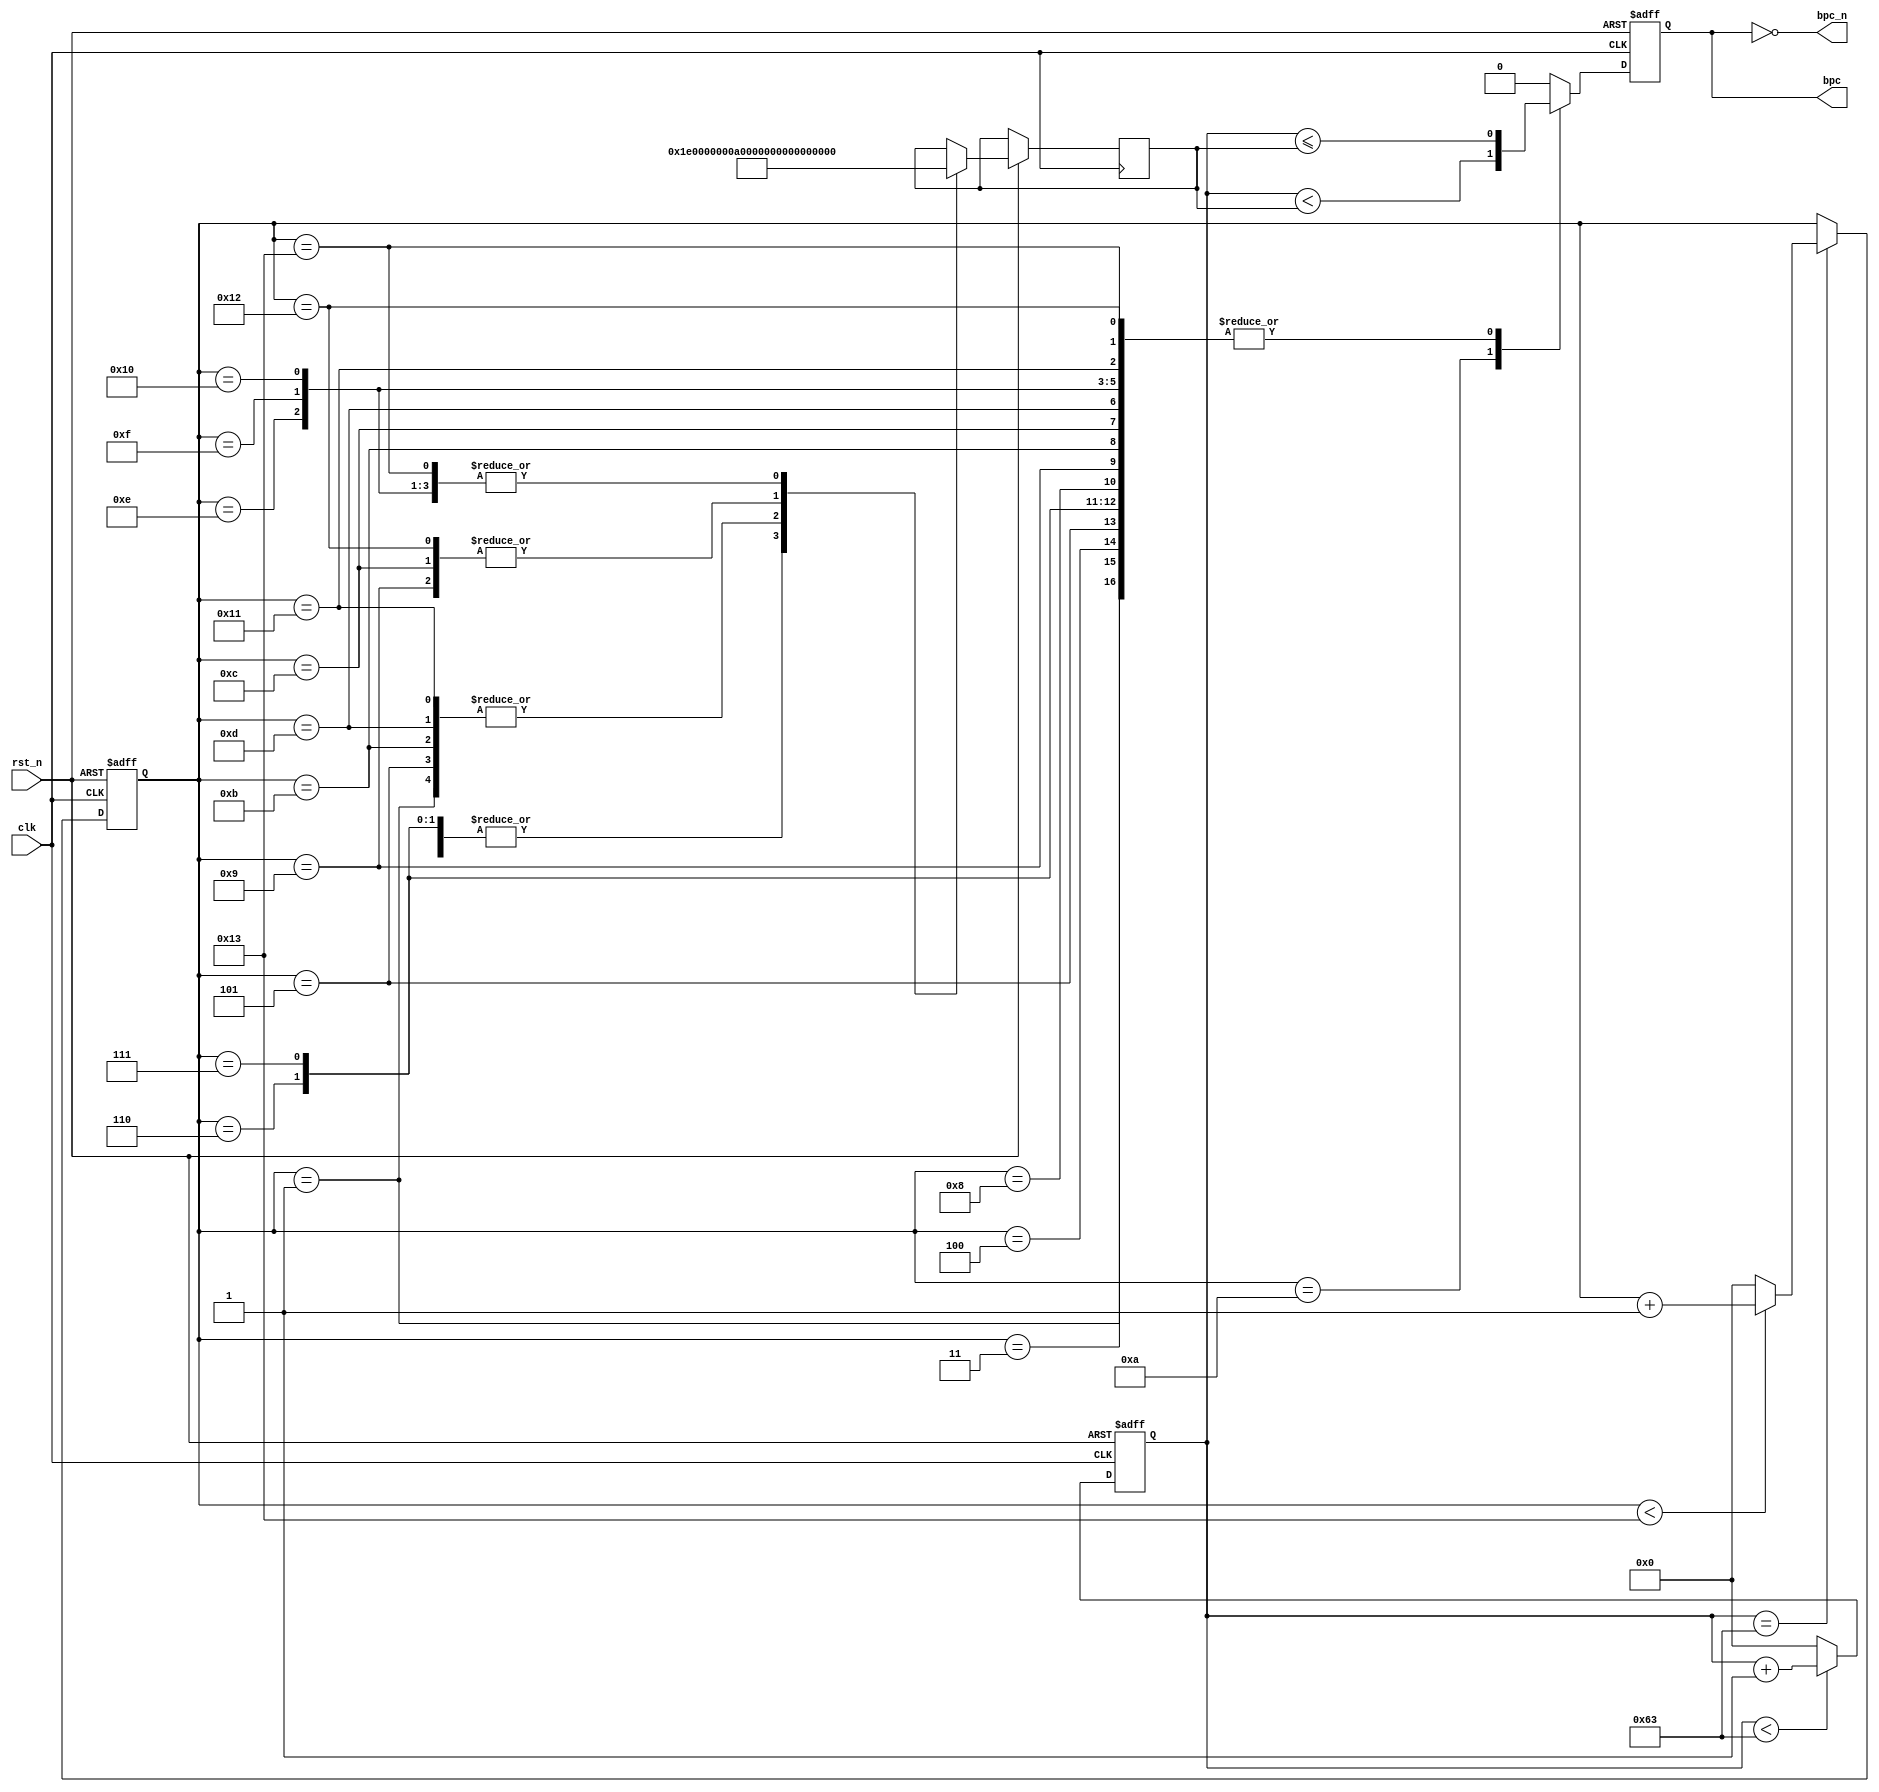

module bpc_gen(
	input clk, rst_n,
	output bpc, bpc_n

);

localparam T_CNT_1S  = 32'd100; // 10ms -> 1s 

reg [31:0] cnt_20s;
reg [31:0] cnt_1s;
reg [31:0] cnt_20;
initial begin
	cnt_20s = 'b0;
	cnt_1s  = 'b0;
	cnt_20  = 'b0;
end

always@(posedge clk or negedge rst_n) begin
	if(!rst_n)begin
		//cnt_20s <= 'b0;
		cnt_1s  <= 'b0;
	end else begin
		if(cnt_1s < (T_CNT_1S - 1)) begin
			cnt_1s <= cnt_1s + 1;
		end else begin
			cnt_1s <= 'b0;
		end
	end
end
wire en_1s = (cnt_1s == (T_CNT_1S - 1));

always@(posedge clk or negedge rst_n) begin
	if(!rst_n)begin
		cnt_20 <= 'b0;
	end else if(en_1s)begin
		if(cnt_20 < 19)begin
			cnt_20 <= cnt_20 + 1;
		end else begin
			cnt_20 <= 'b0;
		end
	end
end

/*******  time ********/
reg [7:0] hr, min, sec, wk;
reg flg_noon ;  // 0: forenoon 1: afternoon
reg [7:0] day, mon, yr;
initial begin
	hr = 'd9;
	min = 'd10;
	sec = 'b0;
	flg_noon = 'b0;
	wk = 'd7;
	day = 'd12;
	mon = 'd5;
	yr = 'd19;
end
 
/* output */
localparam GATE_0 = 32'd10; // 10ms -> 100ms
localparam GATE_1 = 32'd20; // 10ms -> 200ms
localparam GATE_2 = 32'd30; // 10ms -> 300ms
localparam GATE_3 = 32'd40; // 10ms -> 400ms

reg reg_bpc = 'b0;
reg [31:0] cnt_gate = 'b0;
always@(posedge clk or negedge rst_n)begin
	if(!rst_n) begin
		reg_bpc <= 'b0;
	end else begin
	    case(cnt_20)
	        32'd0:
		 begin
		  reg_bpc <= 'b0;
		 end
		32'd1:
		 begin // P1
		  cnt_gate <= (sec == 8'd20)? GATE_1 : (sec == 8'd40)? GATE_2 : GATE_0;
	          reg_bpc <= (cnt_1s <= cnt_gate);
		 end
		32'd2:
		 begin // P2
    		   reg_bpc <= 'b0;
		 end
		32'd3:
		 begin // HR1
		  cnt_gate <= (hr[3:2] == 2'b00)? GATE_0 : (hr[3:2] == 2'b01)? GATE_1 : (hr[3:2] == 2'b10)? GATE_2: GATE_3;
	          reg_bpc <= (cnt_1s <= cnt_gate);
		 end
		32'd4:
		 begin // HR2
		  cnt_gate <= (hr[1:0] == 2'b00)? GATE_0 : (hr[1:0] == 2'b01)? GATE_1 : (hr[1:0] == 2'b10)? GATE_2: GATE_3;
	          reg_bpc <= (cnt_1s <= cnt_gate);
		 end
		32'd5:
		 begin // MN1
		  cnt_gate <= (min[5:4] == 2'b00)? GATE_0 : (min[5:4] == 2'b01)? GATE_1 : (min[5:4] == 2'b10)? GATE_2: GATE_3;
	          reg_bpc <= (cnt_1s <= cnt_gate);
		 end
		32'd6:
		 begin // MN2
		  cnt_gate <= (min[3:2] == 2'b00)? GATE_0 : (min[3:2] == 2'b01)? GATE_1 : (min[3:2] == 2'b10)? GATE_2: GATE_3;
	          reg_bpc <= (cnt_1s <= cnt_gate);
		 end
		32'd7:
		 begin // MN3
		  cnt_gate <= (min[1:0] == 2'b00)? GATE_0 : (min[1:0] == 2'b01)? GATE_1 : (min[1:0] == 2'b10)? GATE_2: GATE_3;
	          reg_bpc <= (cnt_1s <= cnt_gate);
		 end
		32'd8:
		 begin // W1
		  cnt_gate <= (wk[3:2] == 2'b00)? GATE_0 : (wk[3:2] == 2'b01)? GATE_1 : (wk[3:2] == 2'b10)? GATE_2: GATE_3;
	          reg_bpc <= (cnt_1s <= cnt_gate);
		 end
		32'd9:
		 begin // W2
		  cnt_gate <= (wk[1:0] == 2'b00)? GATE_0 : (wk[1:0] == 2'b01)? GATE_1 : (wk[1:0] == 2'b10)? GATE_2: GATE_3;
	          reg_bpc <= (cnt_1s <= cnt_gate);
		 end
		32'd10:
		 begin // P3
		  // even forenoon, odd forenoon, odd afternoon
		  cnt_gate <= ( !(^{hr[3:0],min[5:0],wk[3:0]}) && (!flg_noon))? GATE_0 : /*// \*/
			      (  (^{hr[3:0],min[5:0],wk[3:0]}) && (!flg_noon))? GATE_1 : /*// \*/
			      (  (^{hr[3:0],min[5:0],wk[3:0]}) && ( flg_noon))? GATE_2 : GATE_3;
				
	          reg_bpc <= (cnt_1s < cnt_gate);
		 end		
		32'd11:
		 begin // day1
		  cnt_gate <= (day[5:4] == 2'b00)? GATE_0 : (day[5:4] == 2'b01)? GATE_1 : (day[5:4] == 2'b10)? GATE_2: GATE_3;
	          reg_bpc <= (cnt_1s <= cnt_gate);
		 end
		32'd12:
		 begin // day2
		  cnt_gate <= (day[3:2] == 2'b00)? GATE_0 : (day[3:2] == 2'b01)? GATE_1 : (day[3:2] == 2'b10)? GATE_2: GATE_3;
	          reg_bpc <= (cnt_1s <= cnt_gate);
		 end
		32'd13:
		 begin // day3
		  cnt_gate <= (day[1:0] == 2'b00)? GATE_0 : (day[1:0] == 2'b01)? GATE_1 : (day[1:0] == 2'b10)? GATE_2: GATE_3;
	          reg_bpc <= (cnt_1s <= cnt_gate);
		 end
		32'd14:
		 begin // mon1
		  cnt_gate <= (mon[3:2] == 2'b00)? GATE_0 : (mon[3:2] == 2'b01)? GATE_1 : (mon[3:2] == 2'b10)? GATE_2: GATE_3;
	          reg_bpc <= (cnt_1s <= cnt_gate);
		 end
		32'd15:
		 begin // mon2
		  cnt_gate <= (mon[1:0] == 2'b00)? GATE_0 : (mon[1:0] == 2'b01)? GATE_1 : (mon[1:0] == 2'b10)? GATE_2: GATE_3;
	          reg_bpc <= (cnt_1s <= cnt_gate);
		 end
		32'd16:
		 begin // yr1
		  cnt_gate <= (yr[5:4] == 2'b00)? GATE_0 : (yr[5:4] == 2'b01)? GATE_1 : (yr[5:4] == 2'b10)? GATE_2: GATE_3;
	          reg_bpc <= (cnt_1s <= cnt_gate);
		 end		
		32'd17:
		 begin // yr2
		  cnt_gate <= (yr[3:2] == 2'b00)? GATE_0 : (yr[3:2] == 2'b01)? GATE_1 : (yr[3:2] == 2'b10)? GATE_2: GATE_3;
	          reg_bpc <= (cnt_1s <= cnt_gate);
		 end	
		32'd18:
		 begin // yr3
		  cnt_gate <= (yr[1:0] == 2'b00)? GATE_0 : (yr[1:0] == 2'b01)? GATE_1 : (yr[1:0] == 2'b10)? GATE_2: GATE_3;
	          reg_bpc <= (cnt_1s <= cnt_gate);
		 end	
		32'd19:
		 begin // P4
		  // even 0, odd 0, odd 1
		  cnt_gate <= ( !(^{day[2:0],mon[2:0],yr[2:0]}) && (!yr[6]))? GATE_0 : //\
			      (  (^{day[2:0],mon[2:0],yr[2:0]}) && (!yr[6]))? GATE_1 : //\
			      (  (^{day[2:0],mon[2:0],yr[2:0]}) && ( yr[6]))? GATE_2 : GATE_3;
				
	          reg_bpc <= (cnt_1s <= cnt_gate);
		 end	
		default:
		 begin
		  reg_bpc <= 'b0;
		 end
	    endcase

	end

end

assign bpc = reg_bpc;
assign bpc_n = ~reg_bpc;

endmodule